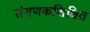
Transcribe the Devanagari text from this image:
संगणकशिक्षित